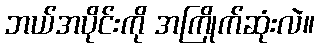
ဘယ်အပိုင်းကို အကြိုက်ဆုံးလဲ။